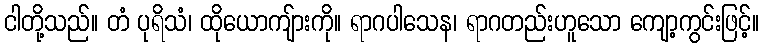
ငါတို့သည်။ တံ ပုရိသံ၊ ထိုယောကျ်ားကို။ ရာဂပါသေန၊ ရာဂတည်းဟူသော ကျော့ကွင်းဖြင့်။